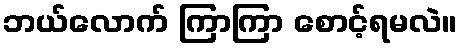
ဘယ်လောက် ကြာကြာ စောင့်ရမလဲ။